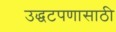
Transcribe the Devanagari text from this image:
उद्धटपणासाठी